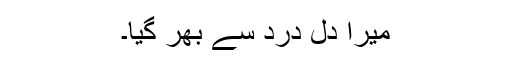
میرا دل درد سے بھر گیا۔